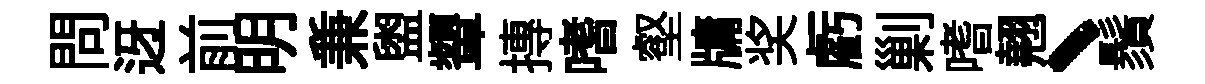
問迓前明兼盥顰摶嗜壑牗奖虧剿嗜翹、鬚